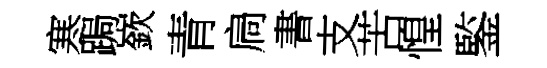
寒跼嶔青扃書支苦惶鍳